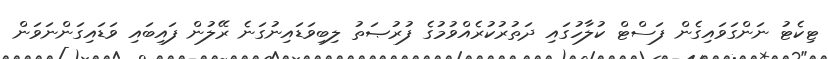
ޓިކެޓު ނަންގަވައިގެން ފަސްޓް ކުލާހުގައި ދަތުރުކުރެއްވުމުގެ ފުރުޞަތު ލިބިވަޑައިނުގަނެ ރޭލުން ފައިބައި ވަޑައިގަންނަވަން